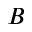
B